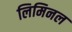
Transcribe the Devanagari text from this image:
लिमिनल